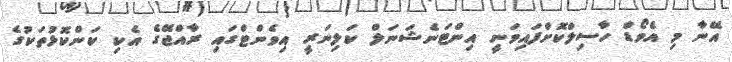
އޭނާ މި އެވޯޑް ހާސިލްކޮށްފައިވަނީ އިންޓަނެޝަނަލް ކަލިނަރީ އިވެންޓްގައި ރާއްޖޭގެ އެކި ކަންކޮޅުތަކުގެ